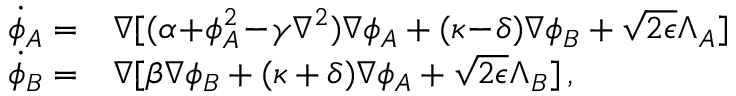
\begin{array} { r l } { \! \dot { \phi } _ { A } = } & { { } \nabla [ ( \alpha \! + \! \phi _ { A } ^ { 2 } \! - \! \gamma \nabla ^ { 2 } ) \nabla \phi _ { A } + ( \kappa \! - \! \delta ) \nabla \phi _ { B } + \sqrt { 2 \epsilon } \Lambda _ { A } ] } \\ { \! \dot { \phi } _ { B } = } & { { } \nabla [ \beta \nabla \phi _ { B } + ( \kappa + \delta ) \nabla \phi _ { A } + \sqrt { 2 \epsilon } \Lambda _ { B } ] \, , } \end{array}